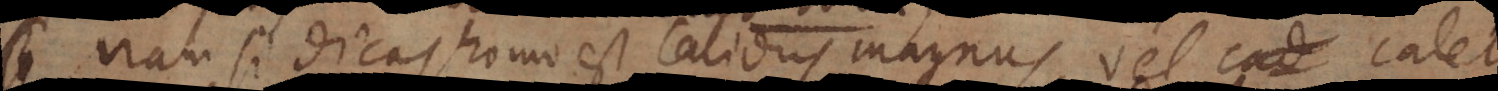
nam si dicas homo est calidus magnus, vel calet